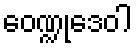
ဝေဏ္ဍုဒေဝါ